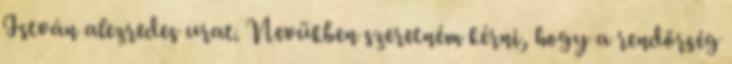
István alezredes urat. Nevükben szeretném kérni, hogy a rendőrség